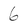
Character: 6